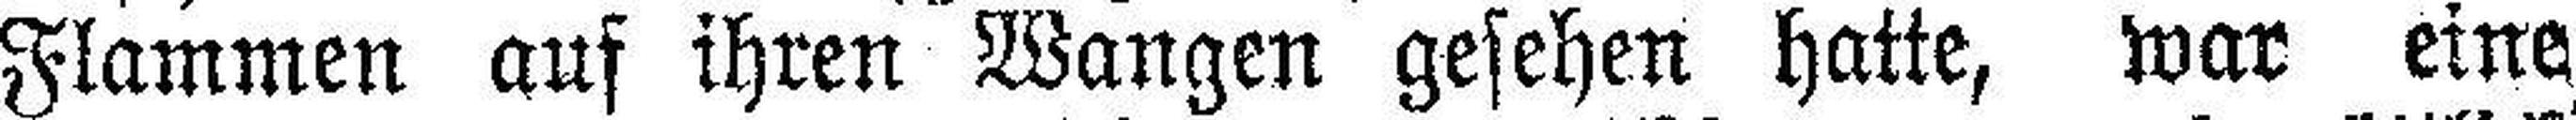
Flammen auf ihren Wangen gesehen hatte, war eine